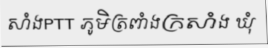
សាំងPTT ភូមិត្រពាំងក្រសាំង ឃុំ